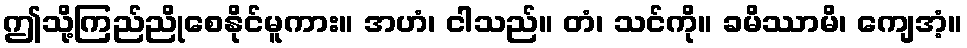
ဤသို့ကြည်ညိုစေနိုင်မူကား။ အဟံ၊ ငါသည်။ တံ၊ သင်ကို။ ခမိဿာမိ၊ ကျေအံ့။